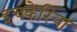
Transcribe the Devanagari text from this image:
इचकेरिया